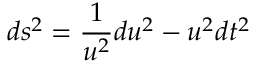
d s ^ { 2 } = \frac { 1 } { u ^ { 2 } } d u ^ { 2 } - u ^ { 2 } d t ^ { 2 }